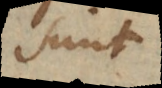
sunt